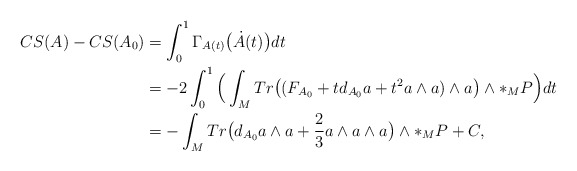
\begin{align*}CS(A)-CS(A_{0})&=\int_{0}^{1}\Gamma_{A(t)}\big{(}\dot{A}(t)\big{)}dt\\&=-2\int_{0}^{1}\Big{(}\int_{M}Tr\big{(}(F_{A_{0}}+td_{A_{0}}a+t^{2}a\wedge a)\wedge a\big{)}\wedge\ast_{M} P\Big{)}dt\\&=-\int_{M}Tr\big{(}d_{A_{0}}a\wedge a+\frac{2}{3}a\wedge a\wedge a\big{)}\wedge\ast_{M}P+C,\\\end{align*}